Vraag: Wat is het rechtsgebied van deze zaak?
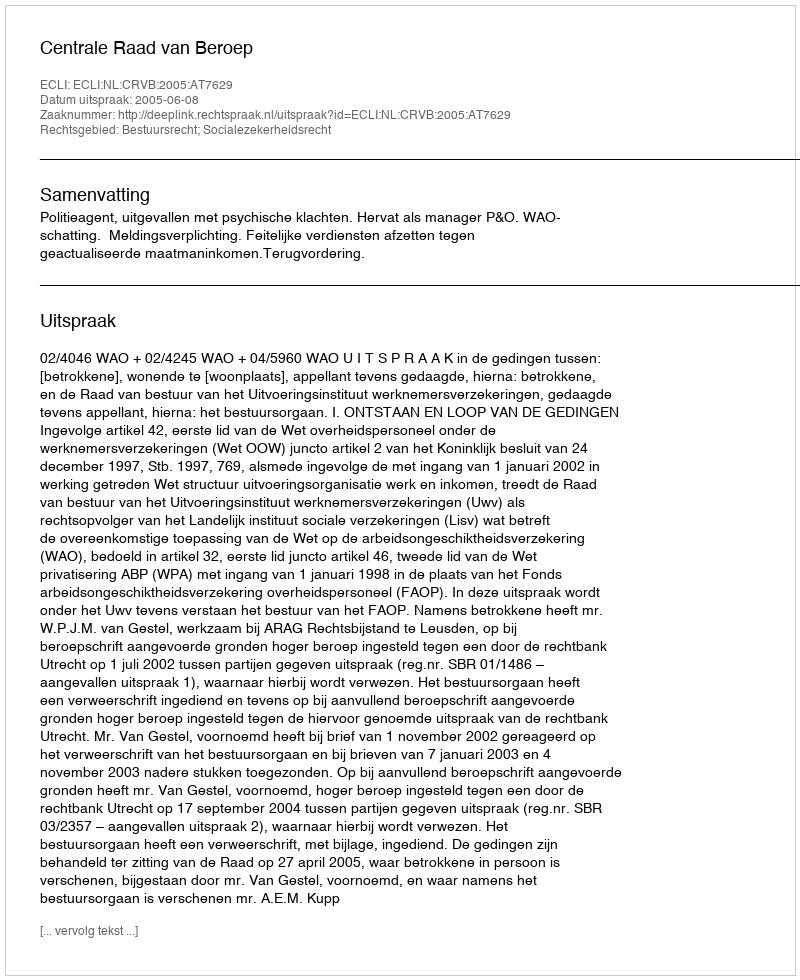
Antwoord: Bestuursrecht; Socialezekerheidsrecht